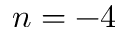
n = - 4